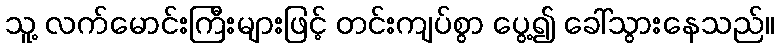
သူ့ လက်မောင်းကြီးများဖြင့် တင်းကျပ်စွာ ပွေ့၍ ခေါ်သွားနေသည်။